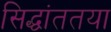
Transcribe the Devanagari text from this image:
सिद्धांततया